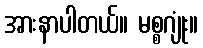
အားနာပါတယ်။ မစ္စဂျုံး။